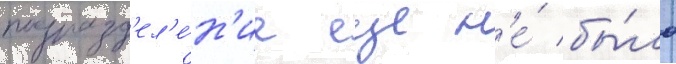
подразд'ел'е́н'ие еще н'е́ бы́ло